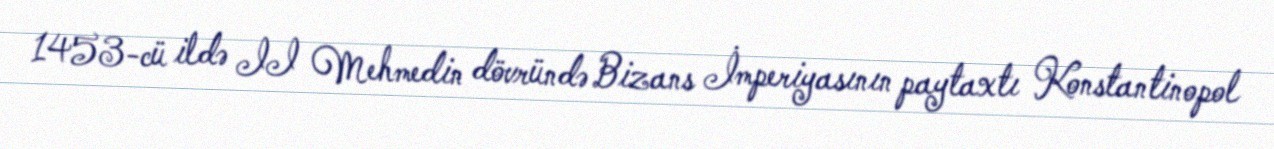
1453-cü ildə II Mehmedin dövründə Bizans İmperiyasının paytaxtı Konstantinopol